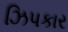
ઝિપકાર